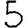
Digit: 5